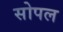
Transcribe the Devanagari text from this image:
सोपल